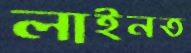
লাইনত